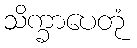
သိက္ခာပေတုံ